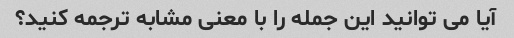
آیا می توانید این جمله را با معنی مشابه ترجمه کنید؟